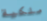
ملكية